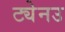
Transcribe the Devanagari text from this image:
ट्येनउ